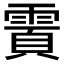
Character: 𬰄